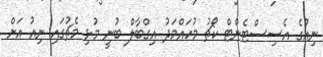
ނިއުގެ އެސިސްޓެންޓް ކޯޗު މުހައްމަދު އިގްބާލް ބުނީ މުޅި މެޗުގައި ނިއު އަށް